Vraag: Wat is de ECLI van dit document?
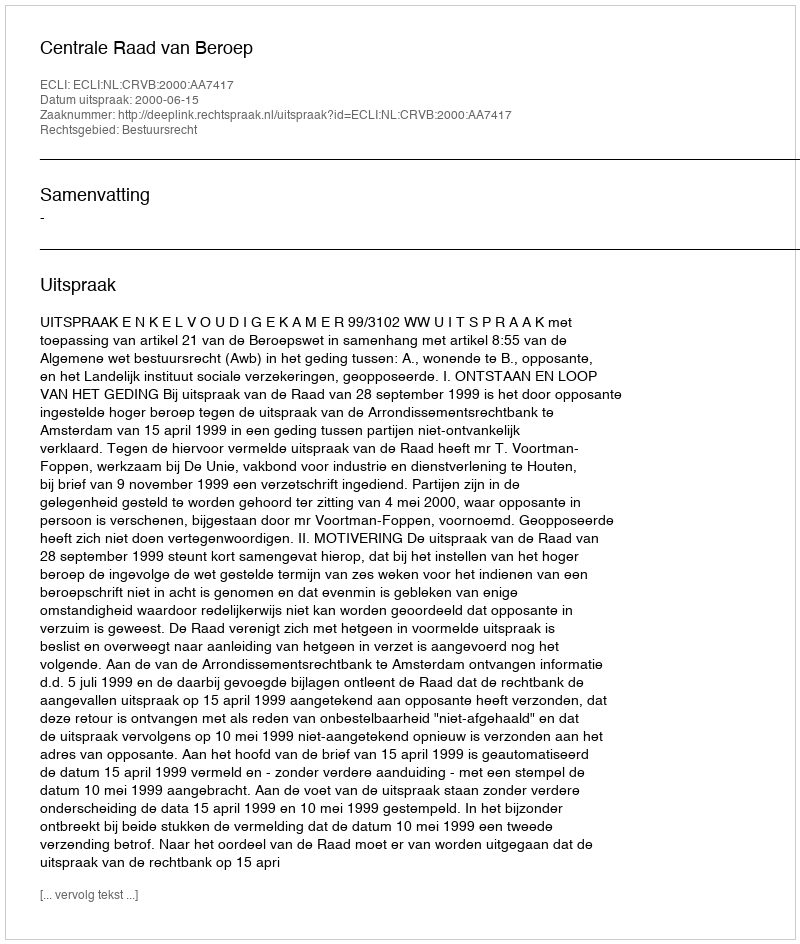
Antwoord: ECLI:NL:CRVB:2000:AA7417